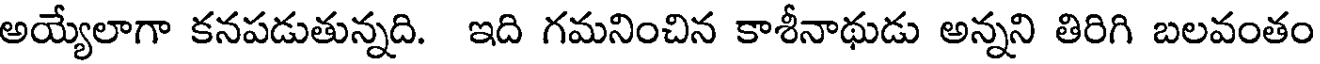
అయ్యేలాగా కనపడుతున్నది. ఇది గమనించిన కాశీనాథుడు అన్నని తిరిగి బలవంతం